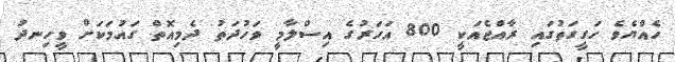
ހެއްޔެވެ ހަގީގަތުގައި ރާއްޖެއަކީ 800 އަހަރުގެ އިސްލާމީ ވަހުދަތު ދެމިއޮތް ގައުމަކަށް ވީހިނދު